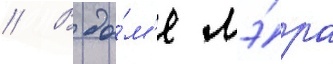
// В до́м'е мэ́ра